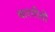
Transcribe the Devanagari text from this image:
बारगीतों